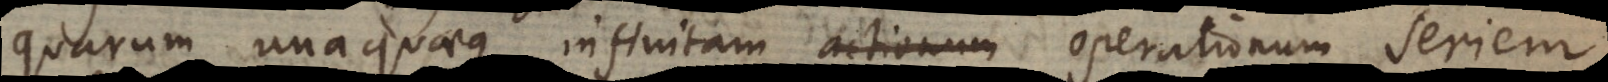
quarum unaquaeque infinitam actionum operationum seriem